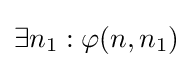
\exists n_{1}:\varphi (n,n_{1})